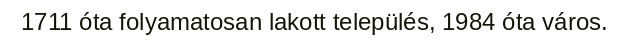
1711 óta folyamatosan lakott település, 1984 óta város.